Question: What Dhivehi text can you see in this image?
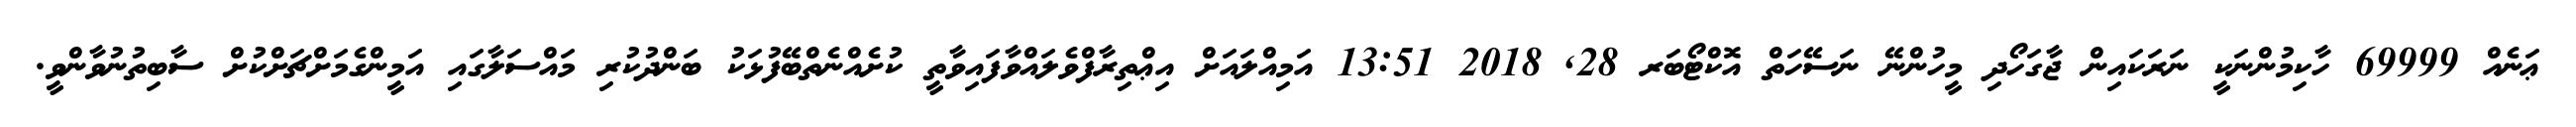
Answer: ޢަނެއް 69999 ހާކިމުންނަކީ ނަރަކައިން ޖާގަހޯދި މީހުންނޭ ނަސޭހަތް އޮކްޓޯބަރ 28, 2018 13:51 އަމިއްލައަށް އިޢްތިރާފްވެލައްވާފައިވާތީ ކުށެއްނެތްބޭފުޅަކު ބަންދުކުރި މައްސަލާގައި އަމީންގެމަށްޗަށްކުށް ސާބިތުނުވާންވީ.